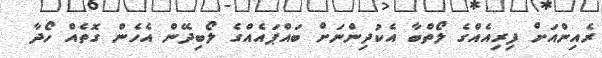
ރެއިންއަށް ފިރިއެއްގެ ލޯތްބާ އެކުދިންނަށް ބައްޕައެއްގެ ލޯބިދޭން އެހެން ގޮތެއް ހޯދާ